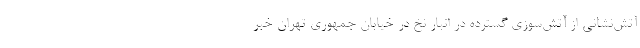
آتش‌نشانی از آتش‌سوزی گسترده در انبار نخ در خیابان جمهوری تهران خبر